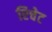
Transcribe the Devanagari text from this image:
रिचेट